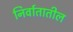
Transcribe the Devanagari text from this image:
निर्वातातील